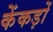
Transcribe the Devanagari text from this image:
केंकड़ों